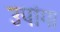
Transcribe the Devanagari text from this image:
उपांग।